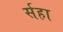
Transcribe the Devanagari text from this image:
र्सहा